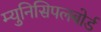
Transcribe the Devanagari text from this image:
म्युनिसिपलबोर्ड